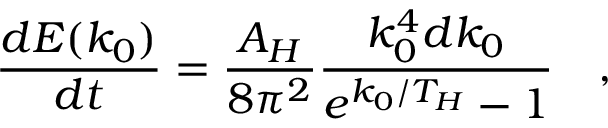
{ \frac { d E ( k _ { 0 } ) } { d t } } = { \frac { A _ { H } } { 8 \pi ^ { 2 } } } { \frac { k _ { 0 } ^ { 4 } d k _ { 0 } } { e ^ { k _ { 0 } / T _ { H } } - 1 } } \quad ,